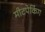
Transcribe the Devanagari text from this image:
मीटपेकिंग